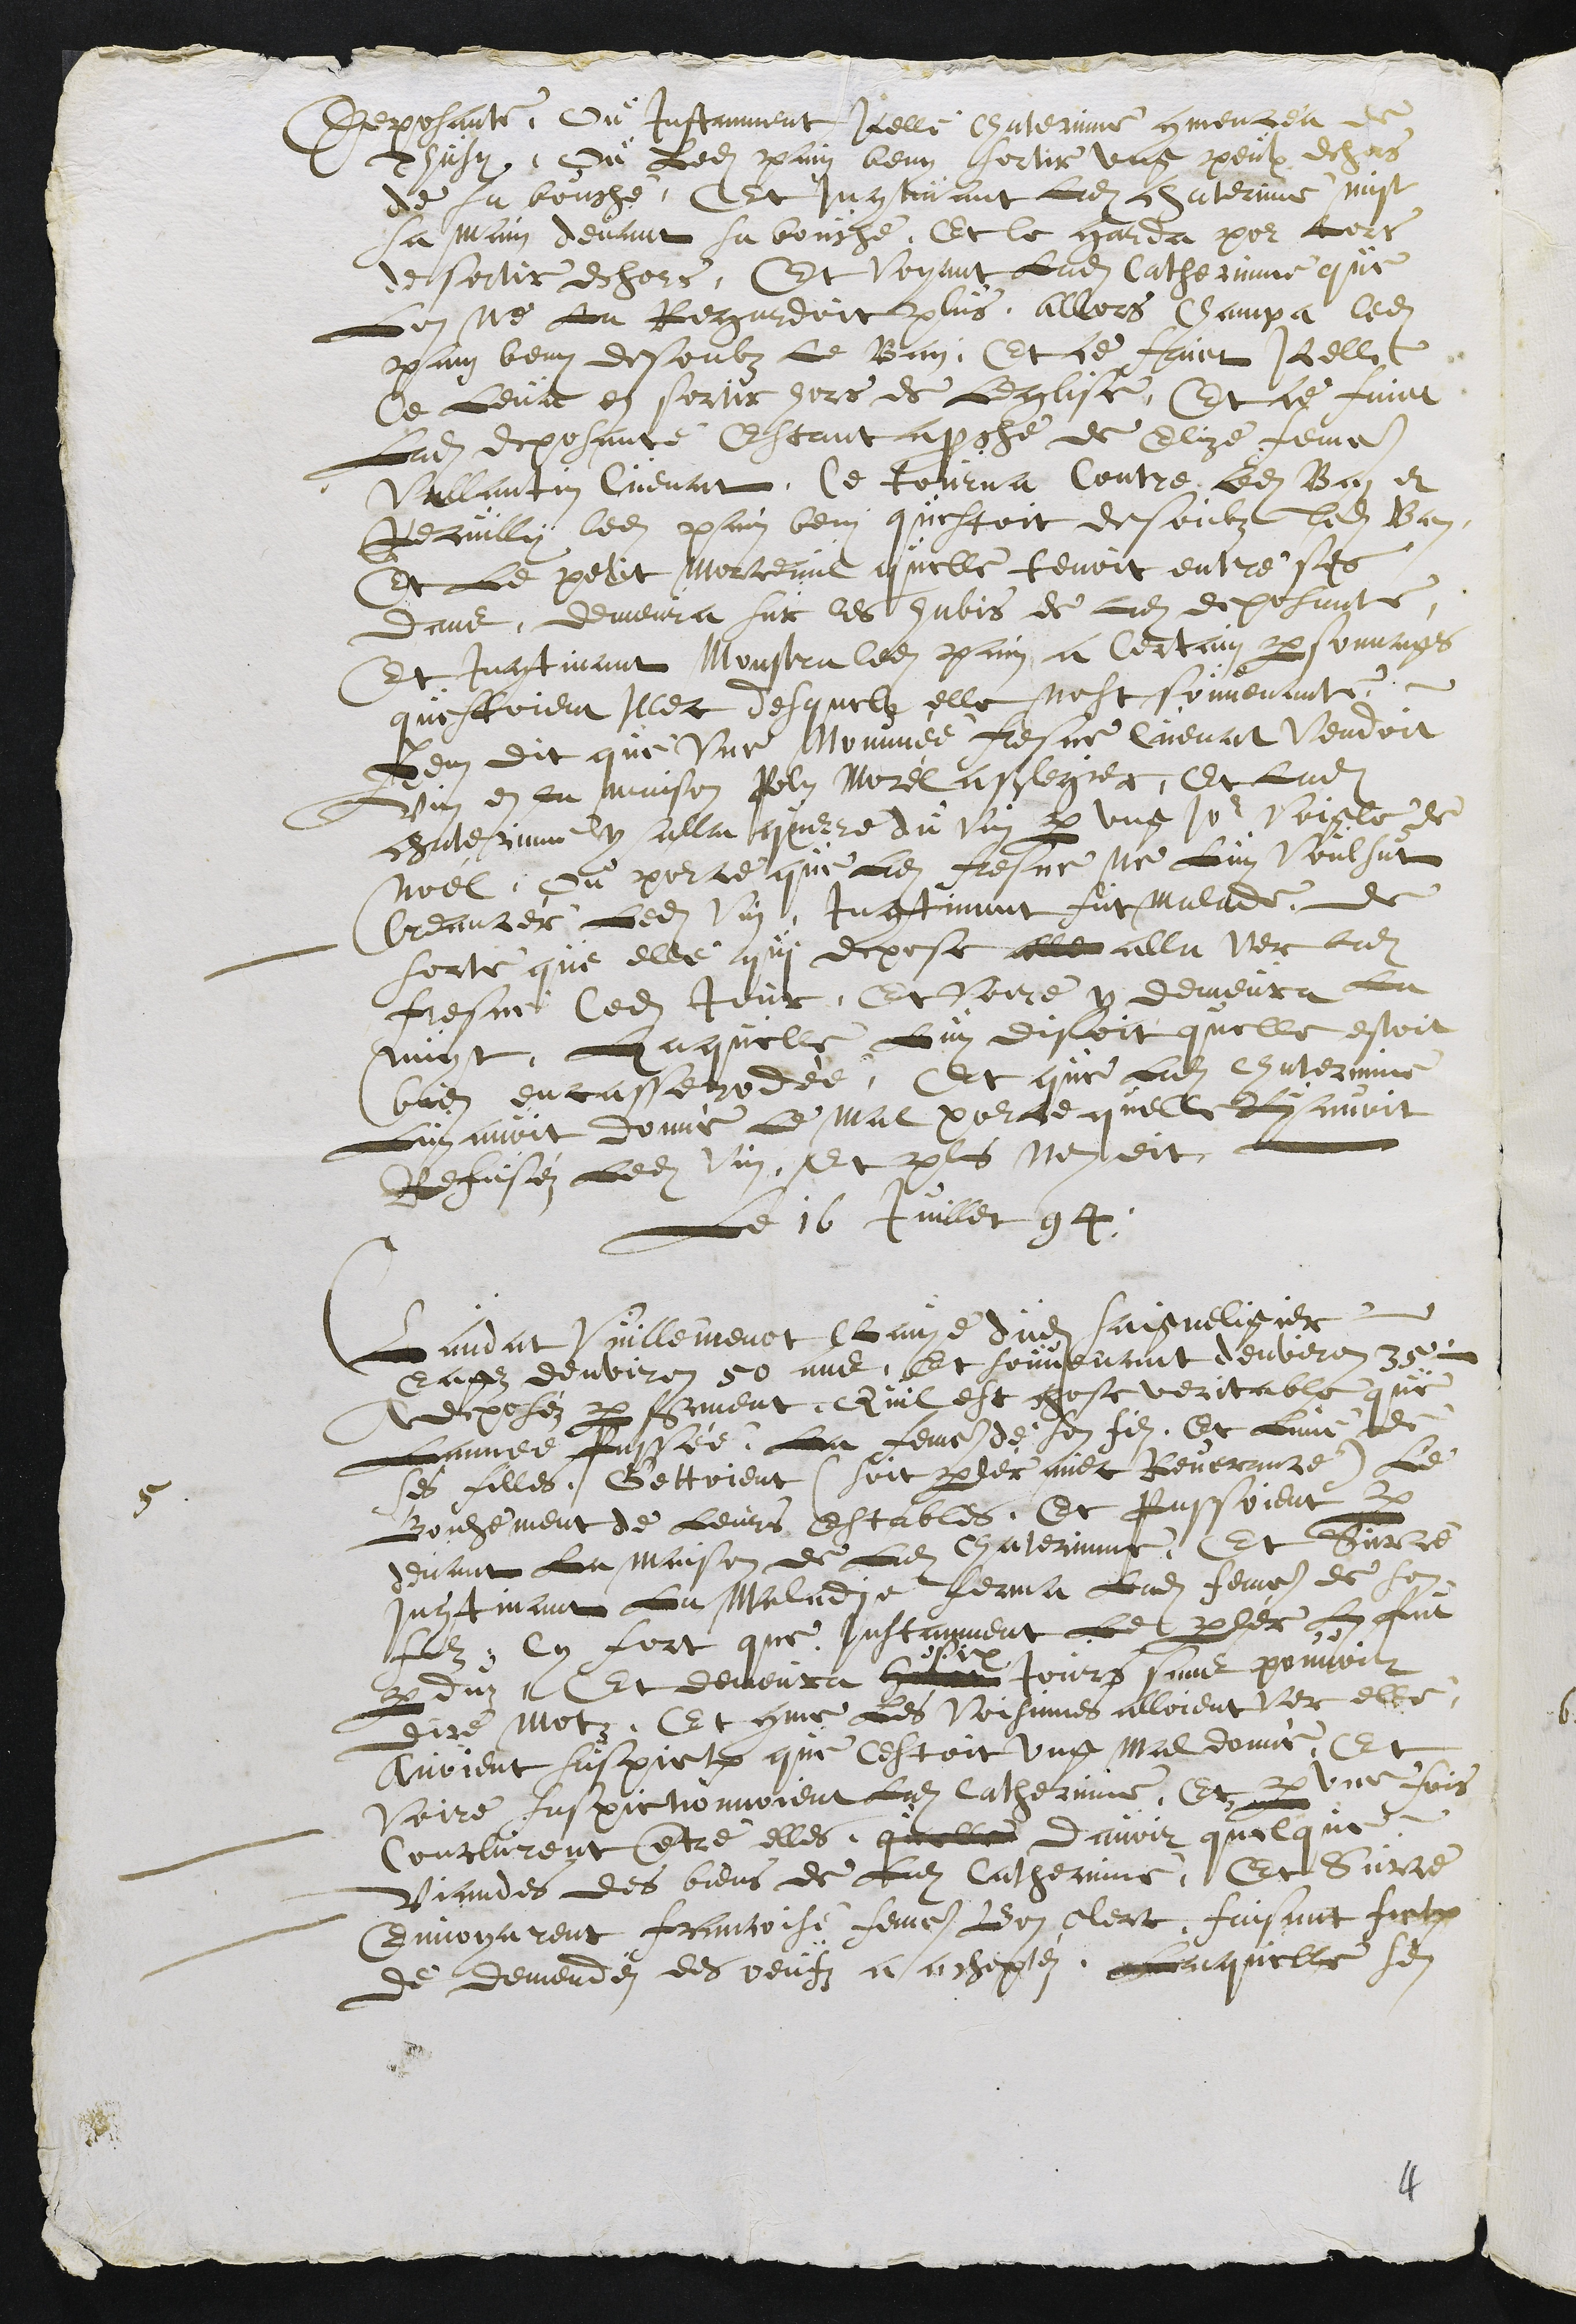
Deposante, Ou Instamment Icelle Chaterinne commencea de
thusy, Ou Ledit pain beny sortit ung peulx dehors
de sa bouche, Et Incontinant Ladite chaterinne mist
sa main devant sa bouche, Et Ce garda pour lors
de sortir dehors, Et Voyant Ladite Catherinne que
Lon ne La Regardoit plus, allors Champa ledit
pain beny desoubz Le Ban. Et ce faict Icelle
Ce Levat et sortit hors de Leglise, Et ce fait
Ladite deposante Estant aproche de Elize femme
Vallantin Cuenat, Ce tourna Contre Ledit Ban et
Recuilly ledit pain beny questoit desoubz ledit Ban
Et Le petit Morceaul quelle tenoit entre ses
dans, demeura sur les habis de ladite deposante.
Et Incontinant Monstra ledit pain a Certain personnages
questoient Illec desquelz elle nest souvenante.
Item dit que Une Nommée fresne Cuenat vendoit
vin en la maison Poly Morel a Saignelegier, Et Ladite
chaterinne y alla querre du vin par ung jour Veigle de
Noél, Ou por ce que Ladite fresne ne Luy voulsut
Creancér Ledit vin, Incontinant fut malade, de
sorte que elle qui depose alla alla ver ladite
fresne Cedit Jour, Et voire y demeura La
nuyt. Laquelle Lui disoit quelle estoit
bien encasserodée, Et que Ladite Chaterinne
Luy avoit donné le mal porce quelle luy avoit
Refuséz Ledit vin. Et plus ne dit.
5.
Le 16 Juillet 94.
Claudat Vuillemenot Clavye dudit Saigneligier
eagez denviron 50 ans, Et souvenant denviron 35,
A deposéz par serment, Quil est chose veritable que
Lannee Passée, La femme de son filz, Et lune de
ses filles, Gettoient (soit parler avec Revenance) Le
Bonhement de leurs Estables. Et passoient par
devant La maison de Ladite Chaterinne, Et Sur ce
Incontinant la Maladie ferma ladite femme de son
filz Cy fort que Instamment Le parler Luy fut
perduz, Et demeura huict
six
Jours sans pouvoir
dire Motz. Et comme Les Voisinnes alloient ver elle,
avoient suspiction que cestoit ung mal donné, Et
Voire suspictionnoient Ladite Catherinne, Et par une fois
Conclurent entre elles quelle davoir quelque
Viandes des biens de Ladite Catherinne, Et Sur ce
envoyarent francoise femme Bon clerc, faisant fort
de demendéz des oeufz a acheptéz. Laquelle sen